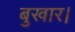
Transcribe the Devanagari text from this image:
बुखार।